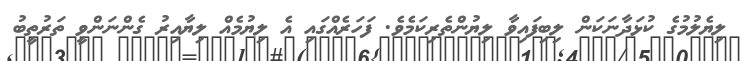
ލިޔެލުމުގެ ކުޅަދާނަކަން ލިބިފައިވާ ލިޔުންތެރިކަމެވެ. ފަހަރެއްގައި އެ ލިޔުމެއް ލިޔާއިރު ގެންނަންވީ ތަރުތީބު